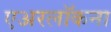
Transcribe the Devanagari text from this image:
एअरलॉकना